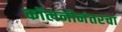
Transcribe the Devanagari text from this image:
कॉलनीनंतरचा